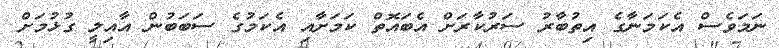
ނަމަވެސް އެކަމަނާގެ އިތުބާރު ސަރުކާރަށް އެބައޮތް ކަމަށާއި އެކަމުގެ ސަބަބުން އާއިލީ ގުޅުމަށް